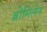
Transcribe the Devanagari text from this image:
ब्रोमिलेन